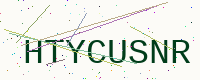
Text: HTYCUSNR